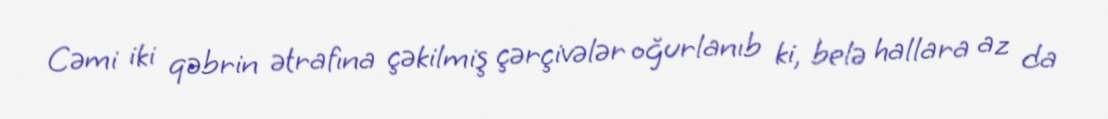
Cəmi iki qəbrin ətrafına çəkilmiş çərçivələr oğurlanıb ki, belə hallara az da